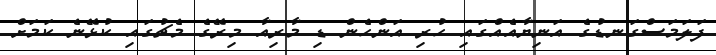
ފަލަމަސްގަނޑުގެ އަނިޔާއެއްގައި ހުރި އަންހެން ޑި މާރިއާ މިރޭގެ މެޗުގައި ކުޅޭނެ ކަމަށް